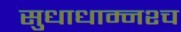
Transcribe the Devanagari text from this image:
सुधाधाम्नश्च